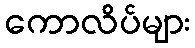
ကောလိပ်များ